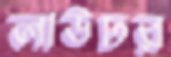
লাউঢর